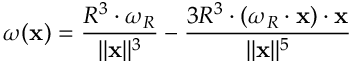
{ \boldsymbol { \omega } } ( \mathbf { x } ) = { \frac { R ^ { 3 } \cdot { \boldsymbol { \omega } } _ { R } } { \| \mathbf { x } \| ^ { 3 } } } - { \frac { 3 R ^ { 3 } \cdot ( { \boldsymbol { \omega } } _ { R } \cdot \mathbf { x } ) \cdot \mathbf { x } } { \| \mathbf { x } \| ^ { 5 } } }